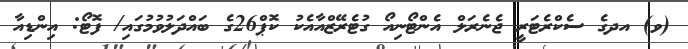
(ވ) އދގެ ސެކްރެޓަރީ ޖެނެރަލް އެންޓޯނިއޯ ގުޓެރޭޒްއާއެކު ކޮޕް26ގެ ބައްދަލުވުމުގައި/ ފޮޓޯ: އިންޑިއާ